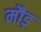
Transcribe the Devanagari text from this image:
मौड़